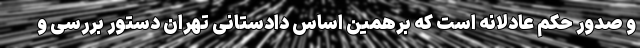
و صدور حکم عادلانه است که برهمین اساس دادستانی تهران دستور بررسی و